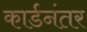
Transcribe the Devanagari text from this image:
कार्डनंतर